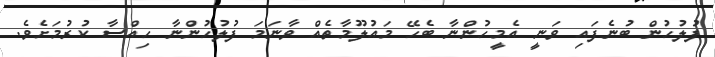
ފުލުހުން ބުނެފައި ވަނީ އެމީހުންނާ ބެހޭ މައުލޫމާތެއް ވާނަމަ ފުލުހުންނާ ހިއްސާ ކުރުމަށެވެ.